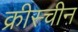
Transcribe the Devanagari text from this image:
क्रीस्चीन